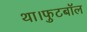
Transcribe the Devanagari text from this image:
था।फुटबॉल